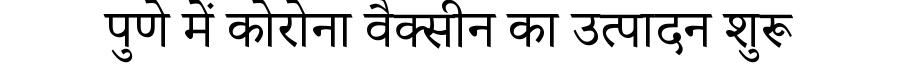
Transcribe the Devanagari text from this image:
पुणे में कोरोना वैक्सीन का उत्पादन शुरू